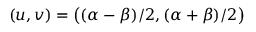
( u , v ) = \smash { \big ( } ( \alpha - \beta ) / 2 , ( \alpha + \beta ) / 2 \smash { \big ) }